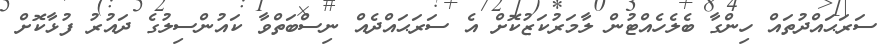
ސަރަޙައްދުތައް ހިންގާ ބެލެހެއްޓުން ލާމަރުކަޒުކޮށް އެ ސަރަޙައްދެއް ނިސްބަތްވާ ކައުންސިލުގެ ދައުރު ފުޅާކޮށް